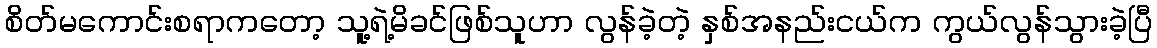
စိတ်မကောင်းစရာကတော့ သူ့ရဲ့မိခင်ဖြစ်သူဟာ လွန်ခဲ့တဲ့ နှစ်အနည်းငယ်က ကွယ်လွန်သွားခဲ့ပြီ